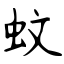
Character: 蚊